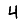
Digit: 4